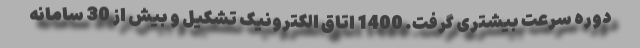
دوره سرعت بیشتری گرفت. 1400 اتاق الکترونیک تشکیل و بیش از 30 سامانه